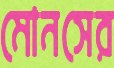
মোনসের